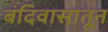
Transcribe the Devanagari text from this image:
बंदिवासातून